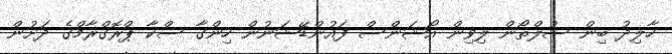
ހާލިދު ބިން ސުލްތޯން ލިވިން އޯޝަންސް ފައުންޑޭޝަނުން ހިންގާ ސްކާ ޕްރޮގްރާމްގެ ދަށުން